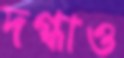
দগ্ধাও